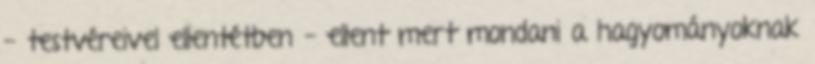
- testvéreivel ellentétben - ellent mert mondani a hagyományoknak